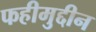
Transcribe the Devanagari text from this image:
फहीमुद्दीन